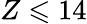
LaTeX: Z\leqslant 14